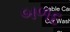
બળદ